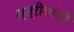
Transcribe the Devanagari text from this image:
स्त्रीयांशी